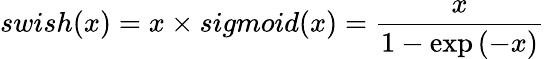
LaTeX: swish(x)=x\times sigmoid(x)=\frac{x}{1-\exp{(-x)}}